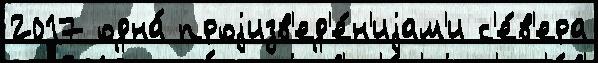
2017 одна́ проjизв'ед'е́н'иjам'и с'е́в'ера